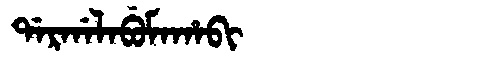
Manchu: ᡩᠠᡵᡤᠠᠯᠠᠪᡠᠮᠠᡥᠠᠪᡳ
Romanization: DARGALABUMAHABI